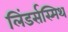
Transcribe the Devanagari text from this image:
लिंडर्सस्मिथ